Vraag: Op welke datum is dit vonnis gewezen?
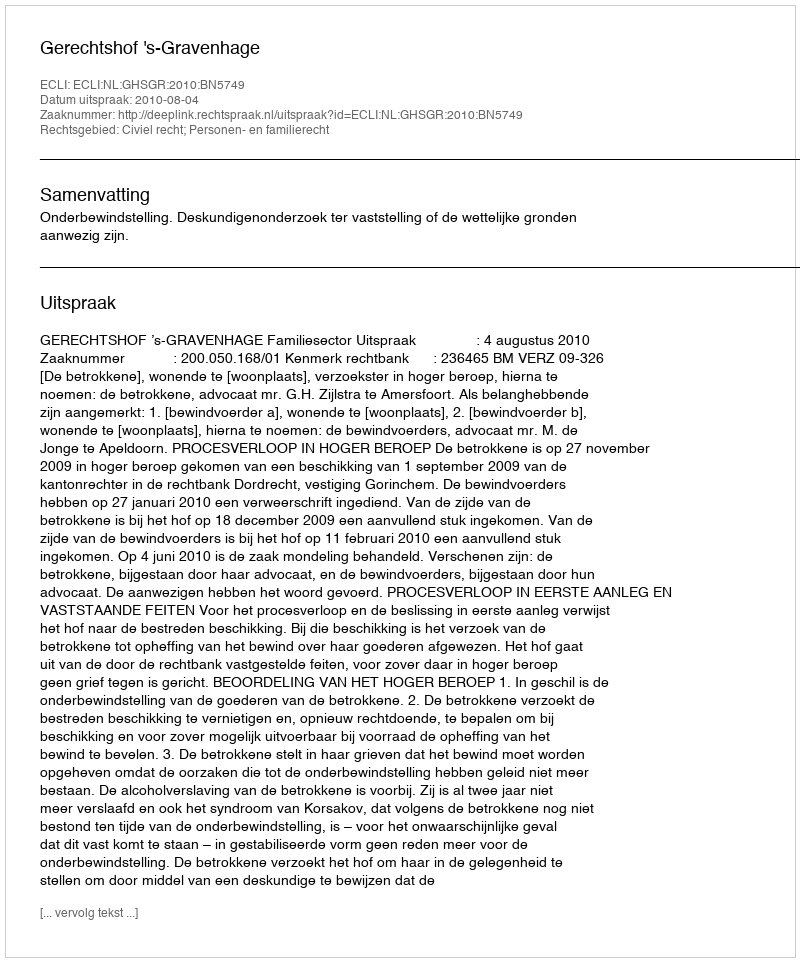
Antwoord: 2010-08-04